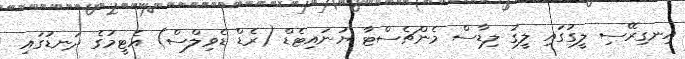
އިނގިރޭސި ލީގުގައި ލީގު ލިޑާސް މެންޗެސްޓާ ޔުނައިޓެޑް (ރެޑް ޑެވިލްސް) އެޓީމުގެ ދަނޑުގައި